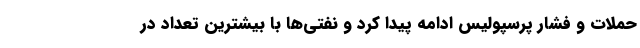
حملات و فشار پرسپولیس ادامه پیدا کرد و نفتی‌ها با بیشترین تعداد در